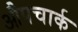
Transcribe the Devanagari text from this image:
औपचार्क